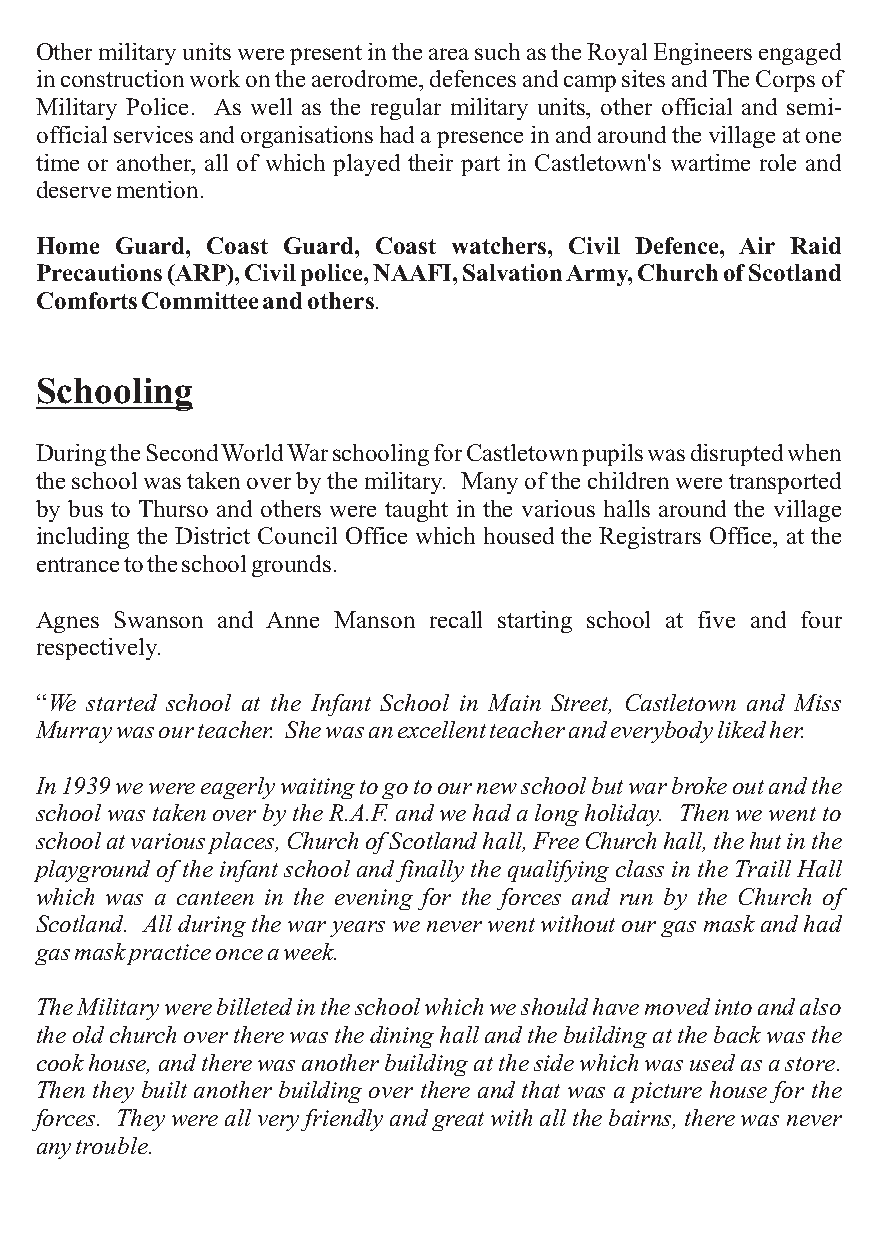
OthermilitaryunitswerepresentintheareasuchastheRoyalEngineersengaged
 inconstructionworkontheaerodrome,defencesandcampsitesandTheCorpsof
 Military Police. As well as the regular military units, other official and semi-
 officialservicesandorganisationshadapresenceinandaroundthevillageatone
 time or another, all of which played their part in Castletown's wartime role and
 deservemention.
 Home  Guard, Coast Guard, Coast watchers, Civil Defence, Air Raid
 Precautions(ARP),Civilpolice,NAAFI,SalvationArmy,ChurchofScotland
 ComfortsCommitteeandothers.
 Schooling
 DuringtheSecondWorldWarschoolingforCastletownpupilswasdisruptedwhen
 theschoolwastakenoverbythemilitary. Manyofthechildrenweretransported
 by bus to Thurso and others were taught in the various halls around the village
 including the District Council Office which housed the Registrars Office, at the
 entrancetotheschoolgrounds.
 Agnes Swanson and Anne Manson recall starting school at five and four
 respectively.
 “We started school at the Infant School in Main Street, Castletown and Miss
 Murraywasourteacher. Shewasanexcellentteacherandeverybodylikedher.
 In1939wewereeagerlywaitingtogotoournewschoolbutwarbrokeoutandthe
 schoolwastakenoverbytheR.A.F.andwehadalongholiday. Thenwewentto
 schoolatvariousplaces,ChurchofScotlandhall,FreeChurchhall,thehutinthe
 playground of the infant school and finally the qualifying class in the Traill Hall
 which was a canteen in the evening for the forces and run by the Church of
 Scotland. Allduringthewaryearsweneverwentwithoutourgasmaskandhad
 gasmaskpracticeonceaweek.
 TheMilitarywerebilletedintheschoolwhichweshouldhavemovedintoandalso
 theoldchurchovertherewasthedininghallandthebuildingatthebackwasthe
 cookhouse,andtherewasanotherbuildingatthesidewhichwasusedasastore.
 Then they built another building over there and that was a picture house for the
 forces. Theywereallveryfriendlyandgreatwithallthebairns,therewasnever
 anytrouble.